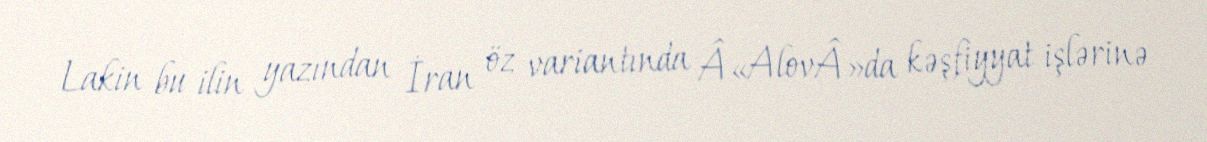
Lakin bu ilin yazından İran öz variantında Â«AlovÂ»da kəşfiyyat işlərinə